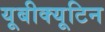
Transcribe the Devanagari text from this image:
यूबीक्यूटिन